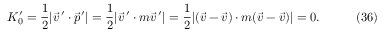
K _ { 0 } ^ { \prime } = { \frac { 1 } { 2 } } | \vec { v } \, ^ { \prime } \cdot \vec { p } ^ { \prime } | = { \frac { 1 } { 2 } } | \vec { v } \, ^ { \prime } \cdot m { \vec { v } } \, ^ { \prime } | = { \frac { 1 } { 2 } } | ( \vec { v } - \vec { v } ) \cdot m ( \vec { v } - \vec { v } ) | = 0 . \eqno ( 3 6 )